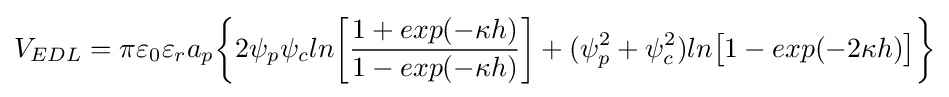
V_{EDL}=\pi \varepsilon _{0}\varepsilon _{r}a_{p}{\bigg \{}2\psi _{p}\psi _{c}ln{\bigg [}{\frac {1+exp(-\kappa h)}{1-exp(-\kappa h)}}{\bigg ]}+(\psi _{p}^{2}+\psi _{c}^{2})ln{\big [}1-exp(-2\kappa h){\big ]}{\bigg \}}